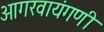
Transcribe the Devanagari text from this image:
आगरवायंगणी